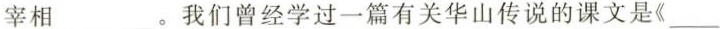
宰相___。我们曾经学过一篇有关华山传说的课文是《___